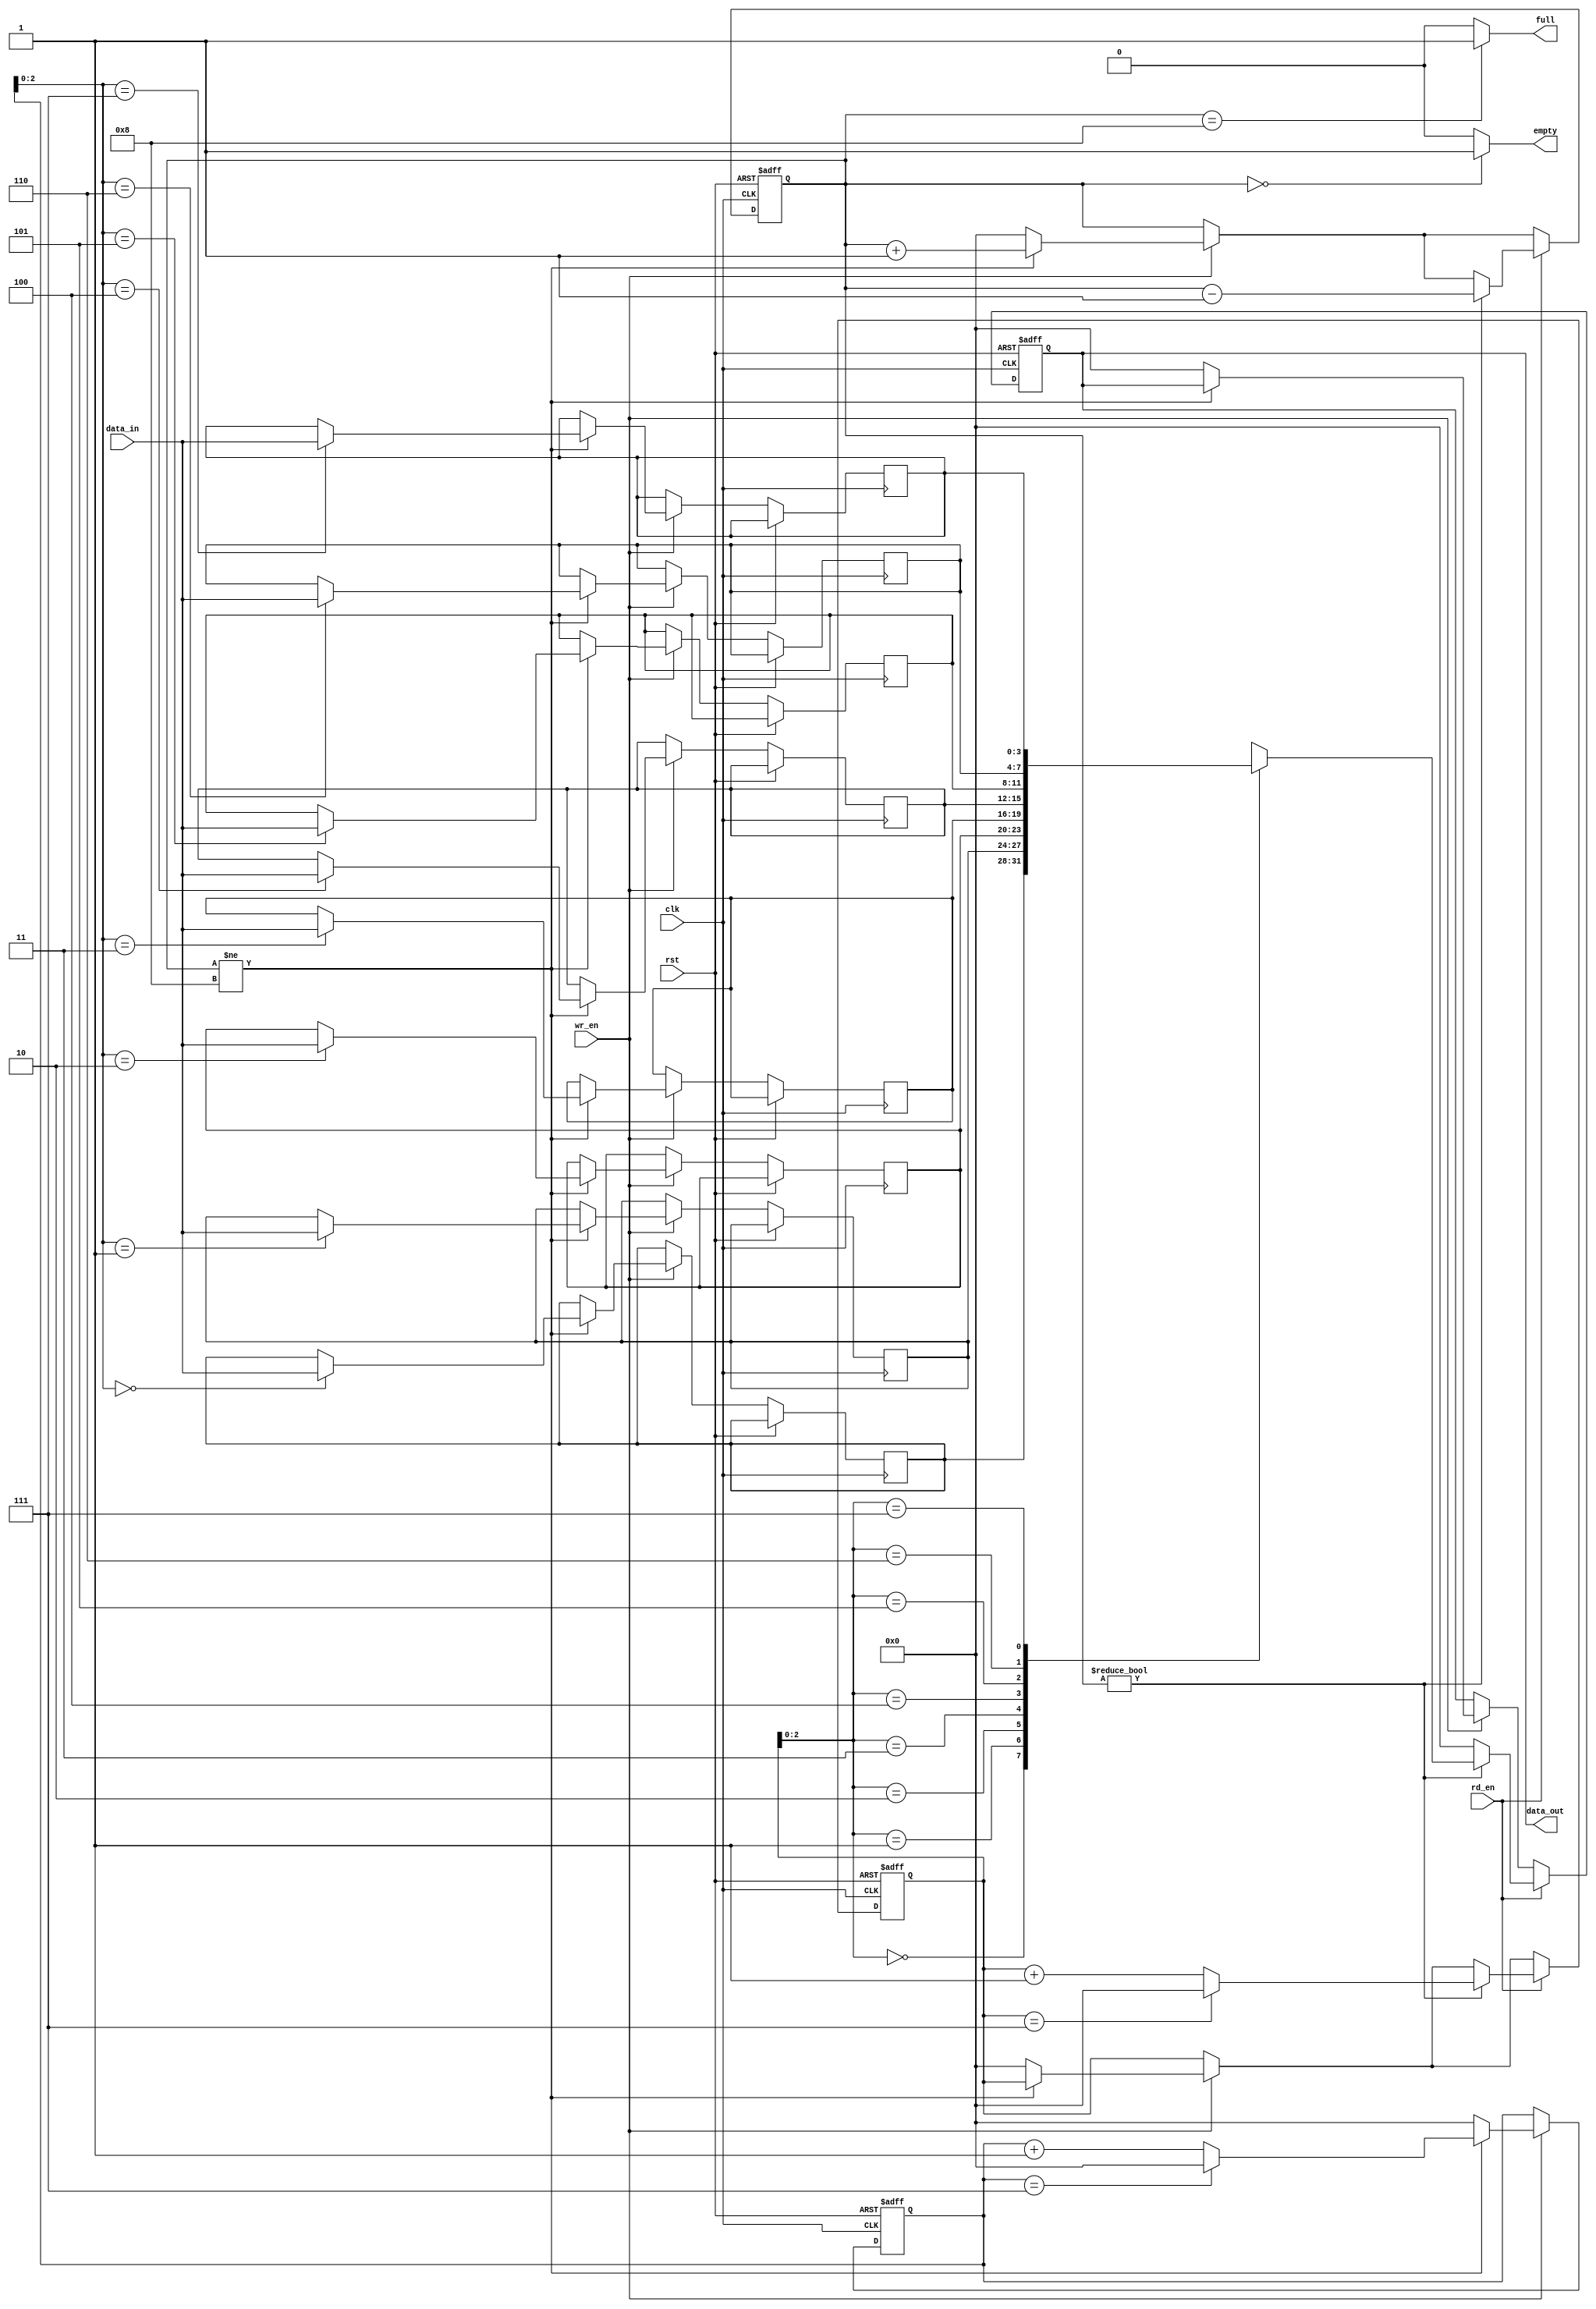
`timescale 1ns / 1ps
//////////////////////////////////////////////////////////////////////////////////
// Company: 
// Engineer: 
// 
// Design Name: 
// Module Name: FIFO
// Project Name: 
// Target Devices: 
// Tool Versions: 
// Description: 
// 
// Dependencies: 
// 
// Revision:
// Revision 0.01 - File Created
// Additional Comments:
// 
//////////////////////////////////////////////////////////////////////////////////

module FIFO(data_out,empty,full,data_in,wr_en,rd_en,clk,rst);
    parameter data_w = 4;// 
    parameter addr_w = 3;//
    parameter ram_w = 1<<addr_w;
    input [data_w-1:0] data_in;
    input wr_en;
    input rd_en;
    input clk;
    input rst;
    output  empty;
    output  full;
    output reg [data_w-1:0] data_out;
    reg [data_w-1:0]ram[0:ram_w-1];// ram_wdata_w
    reg [addr_w:0]count;//
    reg [addr_w:0]addr_wr;//
    reg [addr_w:0]addr_rd;//
    
    always @(posedge clk or posedge rst)
    begin
        if(rst)
        begin
            data_out <= 0;
            count <= 0;
            addr_wr <= 0;
            addr_rd <= 0;
        end
        else
        begin
            if(wr_en)//
            begin
                if(count!=8)//
                begin
                    ram[addr_wr] <= data_in;
                    count <= count+1;
                    if(addr_wr==7)
                        addr_wr <= 0;
                    else
                        addr_wr <= addr_wr+1;
                end
                else
                begin
                    data_out <= 0;
                    count <= 0;
                    addr_wr <= 0;
                    addr_rd <= 0;
                end
            end
            if (rd_en) //
            begin
                if(count!=0)//
                begin
                    data_out <= ram[addr_rd];
                    count <= count-1;
                    if(addr_rd==7)
                        addr_rd<=0;
                    else
                        addr_rd<=addr_rd+1;
                end
                else
                begin
                    data_out <= 0; 
                end
            end
        end
    end
    assign empty = (count==0) ? 1:0;
    assign full = (count==8) ? 1:0;
endmodule